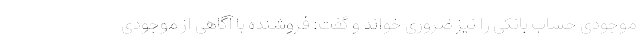
موجودی حساب بانکی را نیز ضروری خواند و گفت: فروشنده با آگاهی از موجودی